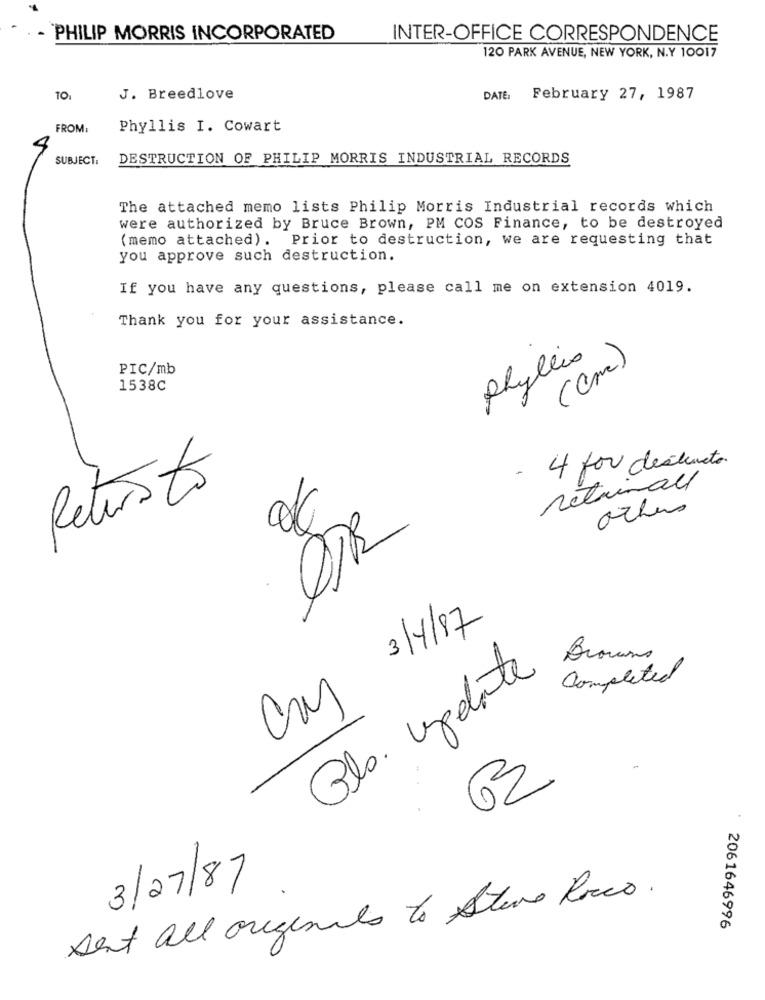
- PHILIP MORRIS INCORPORATED
INTER-OFFICE CORRESPONDENCE
120 PARK AVENUE, NEW YORK, N.Y 10017
J. Breedlove
DATE,
February 27, 1987
FROM:
Phyllis I. Cowart
SUBJECT:
DESTRUCTION OF PHILIP MORRIS INDUSTRIAL RECORDS
The attached memo lists Philip Morris Industrial records which
were authorized by Bruce Brown, PM COS Finance, to be destroyed
(memo attached). Prior to destruction, we are requesting that
you approve such destruction.
If you have any questions, please call me on extension 4019.
Thank you for your assistance.
phyllis
(Cm)
PIC/mb
1538C
- 4 for destructo.
retrimall
Returnto
others
DIR
Cm 3/4/87
Gls. Update
£
Completed
3/27/87
sent all originals to Steve Rocco.
2061646996